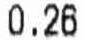
0.26